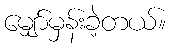
မျှော်မှန်းခဲ့တယ်။